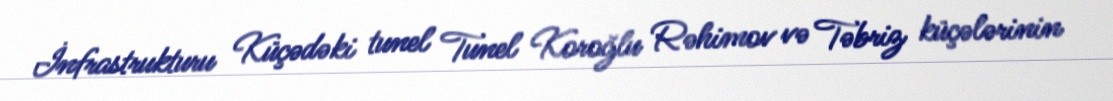
İnfrastrukturu Küçədəki tunel Tunel Koroğlu Rəhimov və Təbriz küçələrinin